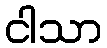
ငါသာ